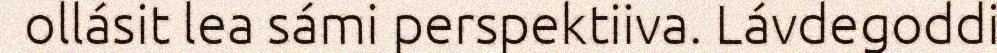
ollásit lea sámi perspektiiva. Lávdegoddi